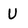
Character: U